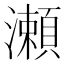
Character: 瀬